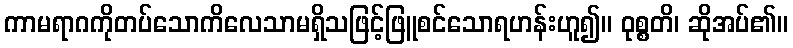
ကာမရာဂကိုတပ်သောကိလေသာမရှိသဖြင့်ဖြူစင်သောရဟန်းဟူ၍။ ဝုစ္စတိ၊ ဆိုအပ်၏။